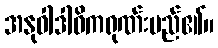
အနုဝါဒါဓိကရုဏ်းမည်၏။